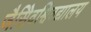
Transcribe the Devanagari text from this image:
जैसेिवश्विवद्यालय